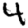
Digit: 4